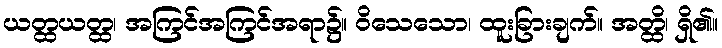
ယတ္ထယတ္ထ၊ အကြင်အကြင်အရာ၌။ ဝိသေသော၊ ထူးခြားချက်။ အတ္ထိ၊ ရှိ၏။